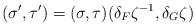
\begin{align*}(\sigma',\tau')=(\sigma,\tau)(\delta_F\zeta^{-1},\delta_G\zeta)\end{align*}